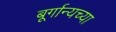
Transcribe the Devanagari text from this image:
बूर्गान्यच्या